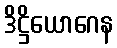
ဒိဋ္ဌိယောဂေန